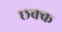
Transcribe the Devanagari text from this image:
छक्क